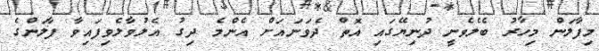
މިފާލަން މިހާރު ބެލެވެނީ ދުނިޔޭގައި އޮތް ދެވަނައަށް އެންމެ ދިގު އެލުވާލެވިފައިވާ ފާލަންގެ